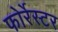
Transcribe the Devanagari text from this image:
फोर्रेस्टर